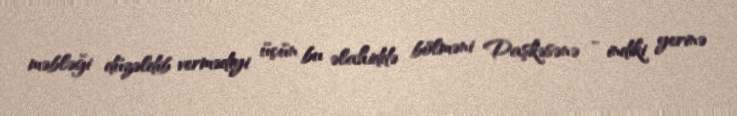
məbləği düzəldib vermədiyi üçün bu əlahiddə bölməni Daşkəsənə - indiki yerinə